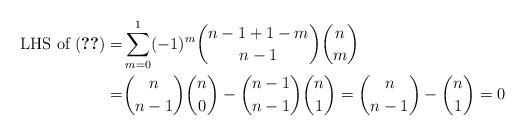
LaTeX: \begin{align*} \text{ LHS of (\ref{eqn:final})} =& \sum_{m=0}^1 (-1)^m \binom{n-1 + 1-m}{n-1} \binom{n}{m}\\ = & \binom{n}{n-1} \binom{n}{0} - \binom{n-1}{n-1} \binom{n}{1} = \binom{n}{n-1} - \binom{n}{1} = 0 \end{align*}